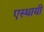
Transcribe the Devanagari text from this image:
एस्थायी